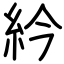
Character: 紟